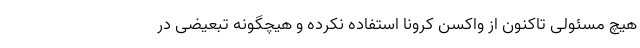
هیچ مسئولی تاکنون از واکسن کرونا استفاده نکرده و هیچگونه تبعیضی در